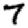
Digit: 7